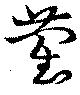
藺